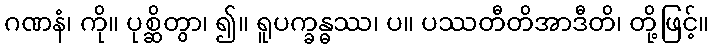
ဂဏနံ၊ ကို။ ပုစ္ဆိတွာ၊ ၍။ ရူပက္ခန္ဓဿ၊ ပ။ ပဿတီတိအာဒီတိ၊ တို့ဖြင့်။